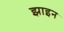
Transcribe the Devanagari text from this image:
झाइन